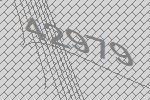
42979